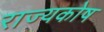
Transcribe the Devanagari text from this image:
राज्‍यकोष